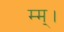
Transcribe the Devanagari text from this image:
म्म्।